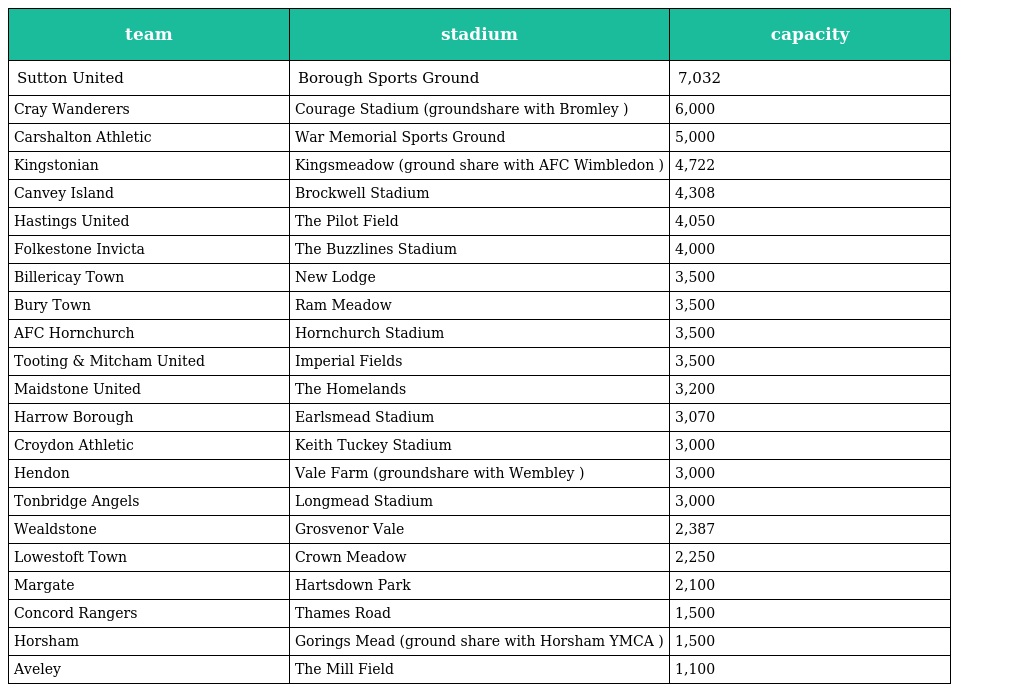
| team | stadium | capacity |
 | --- | --- | --- |
 | Sutton United | Borough Sports Ground | 7,032 |
 | Cray Wanderers | Courage Stadium (groundshare with Bromley ) | 6,000 |
 | Carshalton Athletic | War Memorial Sports Ground | 5,000 |
 | Kingstonian | Kingsmeadow (ground share with AFC Wimbledon ) | 4,722 |
 | Canvey Island | Brockwell Stadium | 4,308 |
 | Hastings United | The Pilot Field | 4,050 |
 | Folkestone Invicta | The Buzzlines Stadium | 4,000 |
 | Billericay Town | New Lodge | 3,500 |
 | Bury Town | Ram Meadow | 3,500 |
 | AFC Hornchurch | Hornchurch Stadium | 3,500 |
 | Tooting & Mitcham United | Imperial Fields | 3,500 |
 | Maidstone United | The Homelands | 3,200 |
 | Harrow Borough | Earlsmead Stadium | 3,070 |
 | Croydon Athletic | Keith Tuckey Stadium | 3,000 |
 | Hendon | Vale Farm (groundshare with Wembley ) | 3,000 |
 | Tonbridge Angels | Longmead Stadium | 3,000 |
 | Wealdstone | Grosvenor Vale | 2,387 |
 | Lowestoft Town | Crown Meadow | 2,250 |
 | Margate | Hartsdown Park | 2,100 |
 | Concord Rangers | Thames Road | 1,500 |
 | Horsham | Gorings Mead (ground share with Horsham YMCA ) | 1,500 |
 | Aveley | The Mill Field | 1,100 |